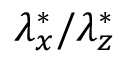
{ \lambda } _ { x } ^ { * } / { \lambda } _ { z } ^ { * }